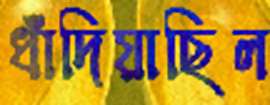
ধাঁদিয়াছিল